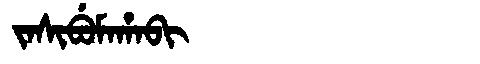
Manchu: ᠵᠠᠰᡳᠪᡠᠮᠠᡥᠠᠪᡳ
Romanization: JASIBUMAHABI